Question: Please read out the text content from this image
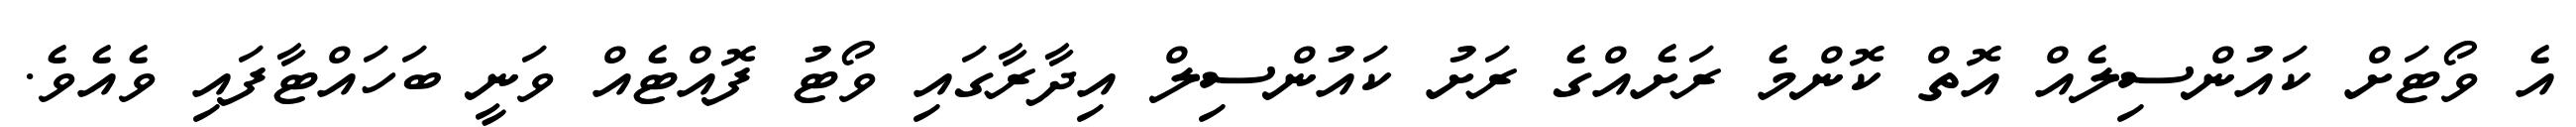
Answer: އެ ވޯޓަށް ކައުންސިލެއް އޮތް ކޮންމެ ރަށެއްގެ ރަށު ކައުންސިލް އިދާރާގައި ވޯޓު ފޮއްޓެއް ވަނީ ބަހައްޓާފައި ވެއެވެ.